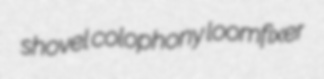
shovel colophony loomfixer